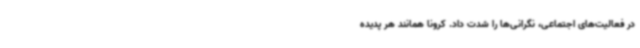
در فعالیت‌های اجتماعی، نگرانی‌ها را شدت داد. کرونا همانند هر پدیده